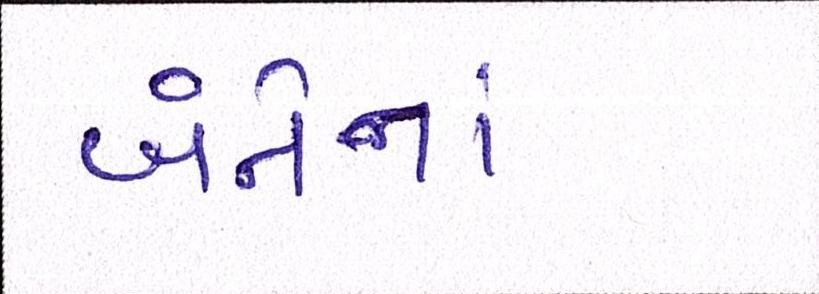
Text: બંનેનાં